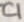
Text: C1